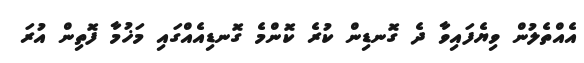
އެއްތެލުން ވިޔެފައިވާ ދެ ގޮނޑިން ކުރެ ކޮންމެ ގޮނޑިއެއްގައި މަޚުމާ ފޮތިން އުރަ